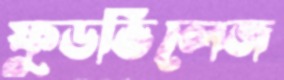
ফুডভিলেজ